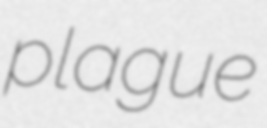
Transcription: plague